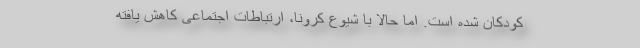
کودکان شده است. اما حالا با شیوع کرونا، ارتباطات اجتماعی کاهش یافته